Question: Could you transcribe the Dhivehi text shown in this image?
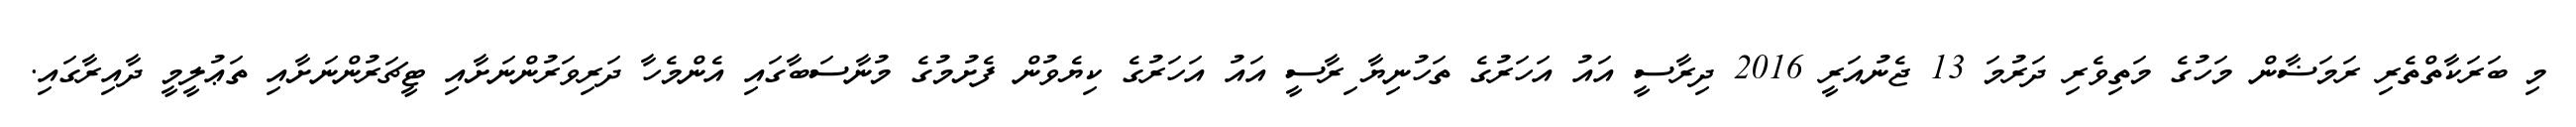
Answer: މި ބަރަކާތްތެރި ރަމަޟާން މަހުގެ މަތިވެރި ދަރުމަ 13 ޖެނުއަރީ 2016 ދިރާސީ އައު އަހަރުގެ ތަހުނިޔާ ިރާސީ އައު އަހަރުގެ ކިޔެވުން ފެށުމުގެ މުނާސަބާގައި އެންމެހާ ދަރިވަރުންނަށާއި ޓީޗަރުންނަށާއި ތަޢުލީމީ ދާއިރާގައި.